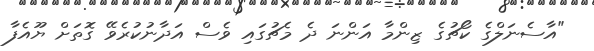
"އާސެނަލްގެ ކޯޗުގެ ޒިންމާ އަންނަ ދެ މެޗުގައި ވެސް އަދާނުކުރެވޭ ގޮތަށް ޔޫއެފާ